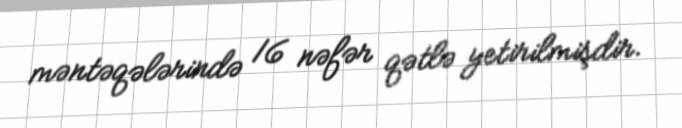
məntəqələrində 16 nəfər qətlə yetirilmişdir.